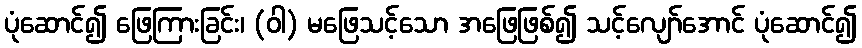
ပုံဆောင်၍ ဖြေကြားခြင်း၊ (ဝါ) မဖြေသင့်သော အဖြေဖြစ်၍ သင့်လျော်အောင် ပုံဆောင်၍